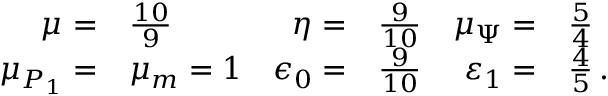
\begin{array} { r l r l r l } { \mu _ { \L } = } & { \frac { 1 0 } { 9 } } & { \eta _ { \L } = } & { \frac { 9 } { 1 0 } } & { \mu _ { \Psi } = } & { \frac { 5 } { 4 } } \\ { \mu _ { P _ { 1 } } = } & { \mu _ { m } = 1 } & { \epsilon _ { 0 } = } & { \frac { 9 } { 1 0 } } & { \varepsilon _ { 1 } = } & { \frac { 4 } { 5 } \, . } \end{array}